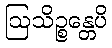
ဩသိဉ္စန္တေပိ